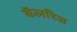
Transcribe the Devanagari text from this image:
कॅलरिज